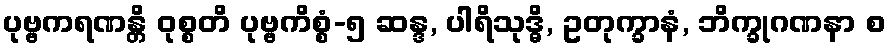
ပုဗ္ဗကရဏန္တိ ဝုစ္စတိ ပုဗ္ဗကိစ္စံ-၅ ဆန္ဒ, ပါရိသုဒ္ဓိ, ဥတုက္ခာနံ, ဘိက္ခုဂဏနာ စ